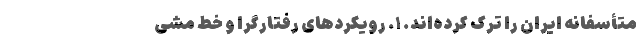
متأسفانه ایران را ترک کرده‌اند. ۱. رویکردهای رفتارگرا و خط‌ مشی‌